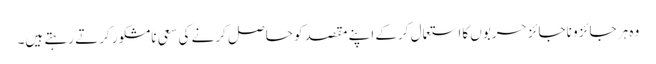
وہ ہر جائز و ناجائز حربوں کااستعمال کرکے اپنے مقصد کو حاصل کرنے کی سعیِ نامشکور کرتے رہتے ہیں۔